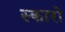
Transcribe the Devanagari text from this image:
स्कारो